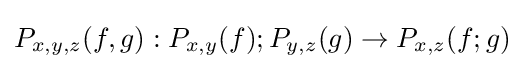
P_{x,y,z}(f,g):P_{x,y}(f);P_{y,z}(g)\to P_{x,z}(f;g)